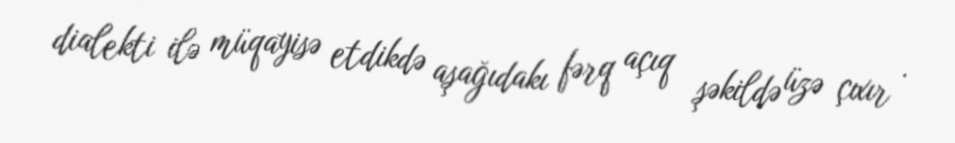
dialekti ilə müqayisə etdikdə aşağıdakı fərq açıq şəkildə üzə çıxır .